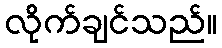
လိုက်ချင်သည်။